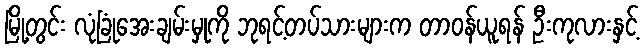
မြို့တွင်း လုံခြုံအေးချမ်းမှုကို ဘုရင့်တပ်သားများက တာဝန်ယူရန် ဦးကုလားနှင့်